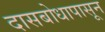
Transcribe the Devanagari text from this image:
दासबोधापासून